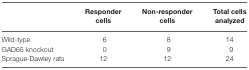
|  | Responder cells | Non-responder cells | Total cells analyzed |
 | --- | --- | --- | --- |
 | Wild-type | 6 | 8 | 14 |
 | GAD65 knockout | 0 | 9 | 9 |
 | Sprague-Dawley rats | 12 | 12 | 24 |